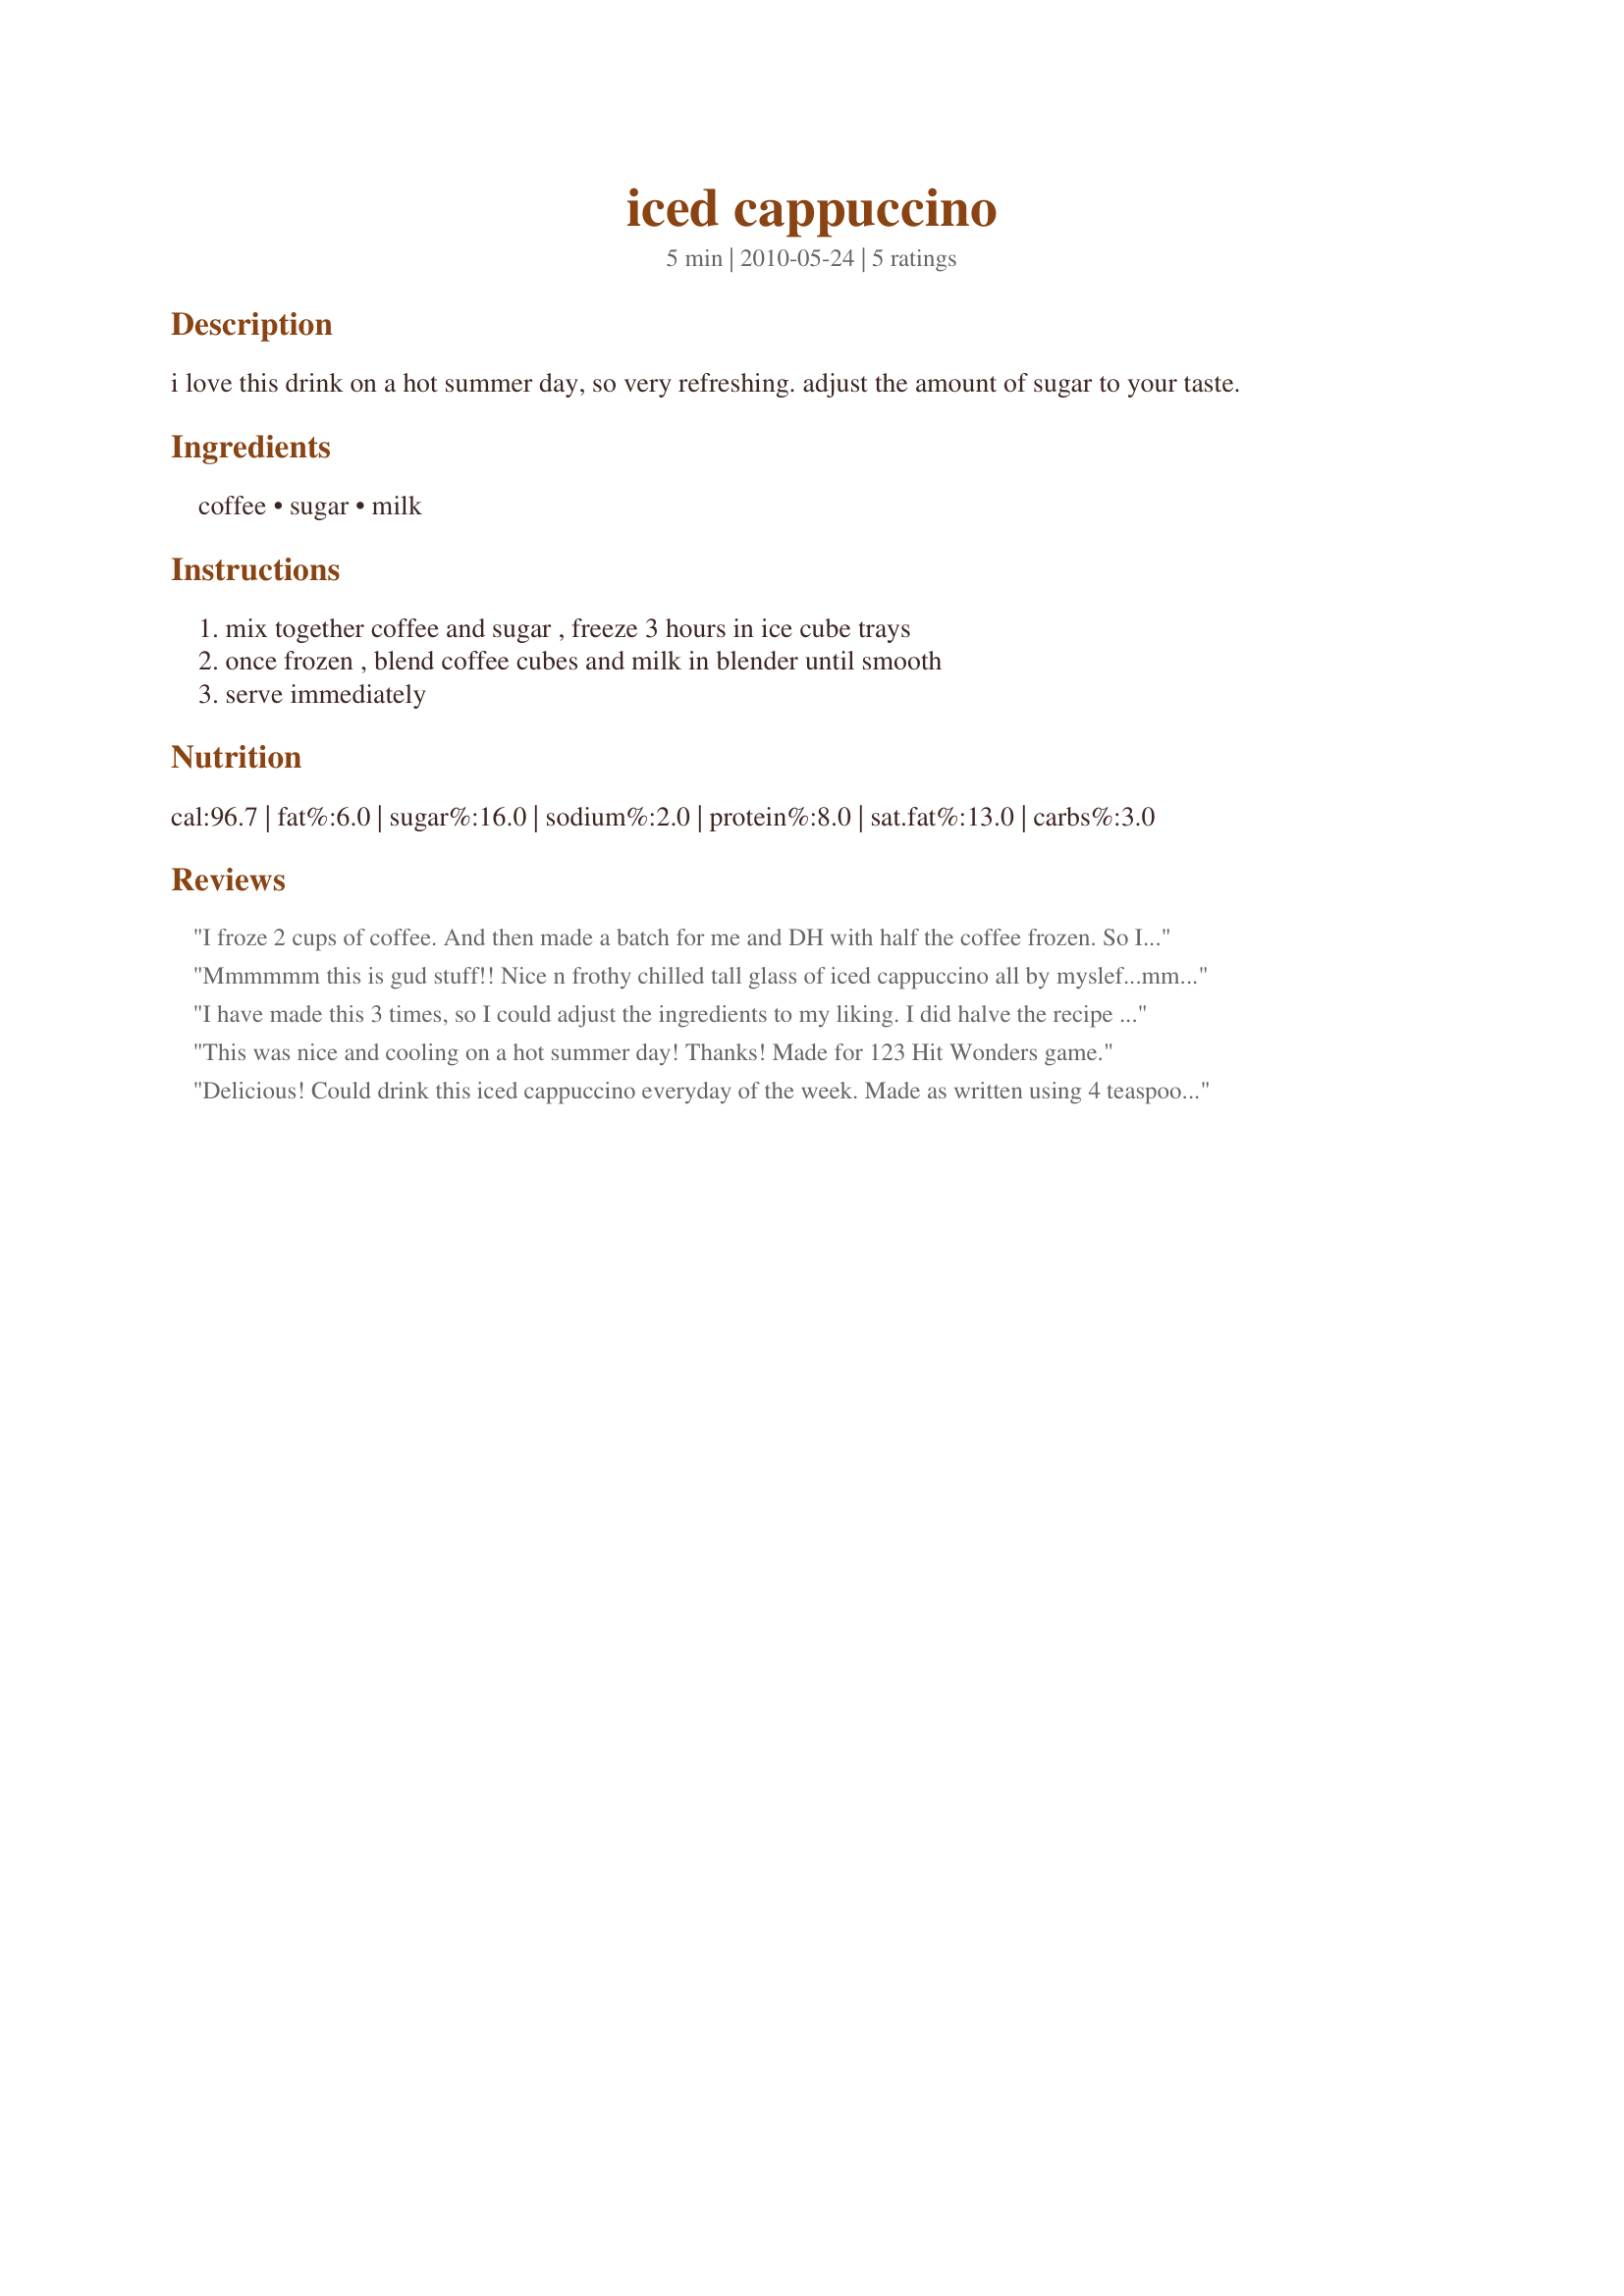
iced cappuccino
Preparation time: 5 minutes

i love this drink on a hot summer day, so very refreshing. adjust the amount of sugar to your taste.

Ingredients:
coffee, sugar, milk

Steps:
mix together coffee and sugar , freeze 3 hours in ice cube trays, once frozen , blend coffee cubes and milk in blender until smooth, serve immediately

Reviews:
I froze 2 cups of coffee. And then made a batch for me and DH with half the coffee frozen. So I used 1 cup of milk and 4 brown sugar cubes. This is very good. Thanks Pink Diamond :) Made for 123 hit wonders
Mmmmmm this is gud stuff!! Nice n frothy chilled tall glass of iced cappuccino all by myslef...mmm.
Oh yeah surely thank u !!
I have made this 3 times, so I could adjust the ingredients to my liking. I did halve the recipe each time I made it though. To make the coffee, I added 1 Tbsp. of Maxwell House Instant Coffee to the 1-cup of water, and nuked it in the microwave before chilling it 30 minutes in the fridge. I also added 2 Tbsp. of sugar to the coffee. And when adding the milk, I used 2% milk, and blended this for 30-35 sec. I found even after halving the recipe, this made exactly 3 cups in the blender. I do reccomend adding more sugar to the coffee. I don't think the 4 teaspoons is enough to sweeten 2 cups of coffee, and 2 cups of milk. I think 4 Tablespoons should do it. This was an easy way to make an iced cappuccino. Thank you for the recipe Pink Diamond.
This was nice and cooling on a hot summer day! Thanks! Made for 123 Hit Wonders game.
Delicious! Could drink this iced cappuccino everyday of the week. Made as written using 4 teaspoons Splenda Brown. Adding to our favorites. Thanks so much for the yummy post.
